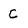
Character: C